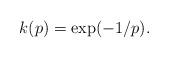
LaTeX: \begin{align*}k(p) = \exp(-1/p).\end{align*}